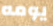
يومه